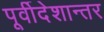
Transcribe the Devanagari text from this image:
पूर्वीदेशान्तर